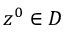
z ^ { 0 } \in D